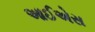
આઈએસ